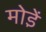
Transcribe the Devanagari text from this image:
मोडे़ं